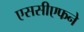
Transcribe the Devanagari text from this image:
एससीएफने